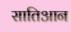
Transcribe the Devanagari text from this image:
सातिआन